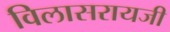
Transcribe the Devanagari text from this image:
विलासरायजी